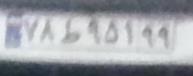
۷۸ط۹۵۱۹۹